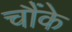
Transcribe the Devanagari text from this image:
चौंके